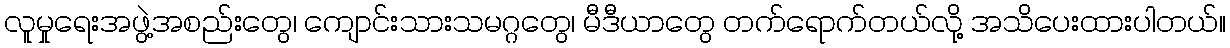
လူမှုရေးအဖွဲ့အစည်းတွေ၊ ကျောင်းသားသမဂ္ဂတွေ၊ မီဒီယာတွေ တက်ရောက်တယ်လို့ အသိပေးထားပါတယ်။